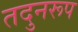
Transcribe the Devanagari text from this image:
तदुनरूप